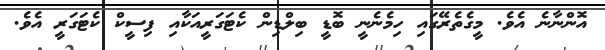
އޮންނާނެ އެވެ. މީގެތެރޭގައި ހިމެނެނީ ބޮޑީ ބިލްޑިން ކެޓަގަރީއަކާއި ފިސީކް ކެޓަގަރީ އެވެ.